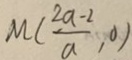
M ( \frac { 2 a - 2 } { a } , 0 )